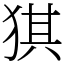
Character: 猉